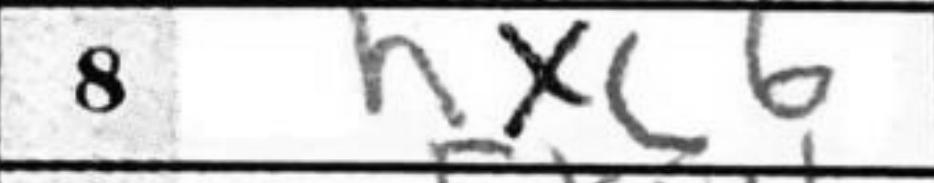
Transcription: hxc6